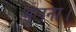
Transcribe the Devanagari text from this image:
भूलना।